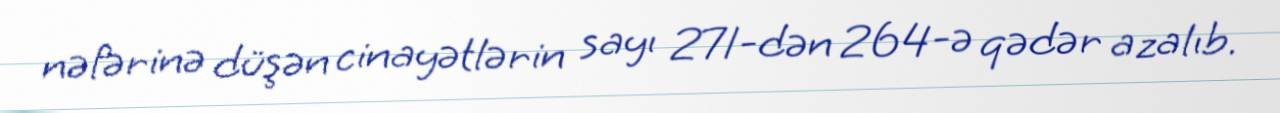
nəfərinə düşən cinayətlərin sayı 271-dən 264-ə qədər azalıb.